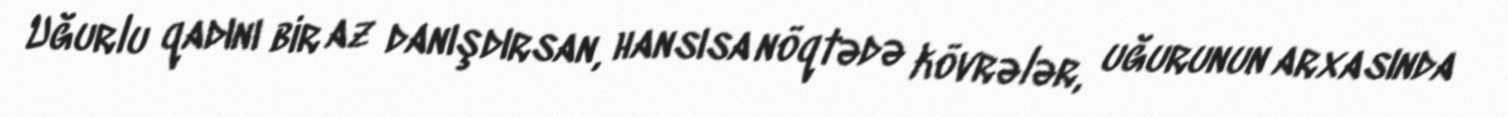
Uğurlu qadını bir az danışdırsan, hansısa nöqtədə kövrələr, uğurunun arxasında